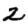
Digit: 2